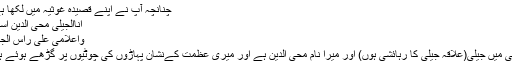
چنانچہ آپ نے اپنے قصیدہ غوثیہ میں لکھا ہے:
اَنَاالْجِیْلِیُّ مُحَیُّ الدّیْنِ اِسْمِی
وَاَعْلَامِیْ عَلٰی رَاْسِ الْجِبَالِ
یعنی میں جیلیّ(علاقہ جیلی کا رہائشی ہوں) اور میرا نام محی الدین ہے اور میری عظمت کےنشان پہاڑوں کی چوٹیوں پر گڑھے ہوئے ہیں۔